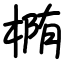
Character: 椭